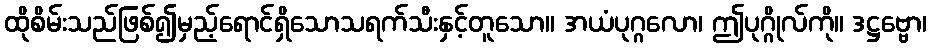
ထိုစိမ်းသည်ဖြစ်၍မှည့်ရောင်ရှိသောသရက်သီးနှင့်တူသော။ အယံပုဂ္ဂလော၊ ဤပုဂ္ဂိုလ်ကို။ ဒဋ္ဌဗ္ဗော၊